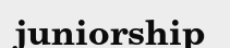
juniorship